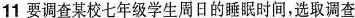
11要调查某校七年级学生周日的睡眠时间，选取调查